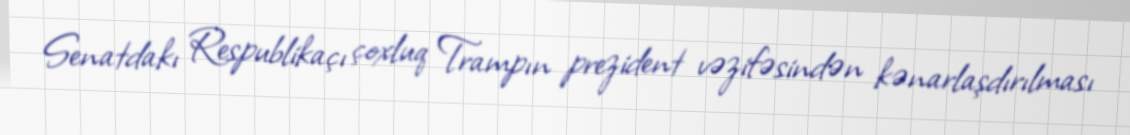
Senatdakı Respublikaçı çoxluq Trampın prezident vəzifəsindən kənarlaşdırılması